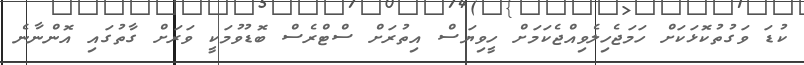
ކުޑަ ވަގުތުކޮޅަކަށް ހަމަޖެހިލެވިއްޖެކަމަށް ހީވިޔަސް އިތުރަށް ސްޓްރެސް ބޮޑުވުމަކީ ވަރަށް ގާތުގައި އޮންނާނެ